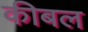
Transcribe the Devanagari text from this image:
कीबल